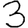
Digit: 3